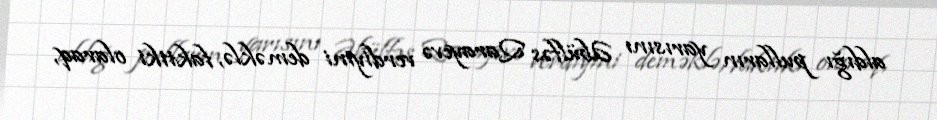
aldığı pulların yarısını Əbülfəs Qarayevə verdiyini deməklə, faktiki olaraq,